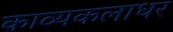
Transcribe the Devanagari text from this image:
काव्यकलाधर